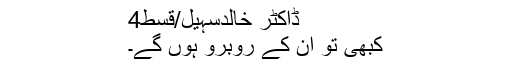
ڈاکٹر خالدسہیل/قسط4
کبھی تو ان کے روبرو ہوں گے۔